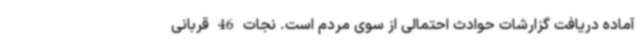
آماده دریافت گزارشات حوادث احتمالی از سوی مردم است. نجات 46 قربانی